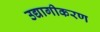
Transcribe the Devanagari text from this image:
उद्यागीकरण